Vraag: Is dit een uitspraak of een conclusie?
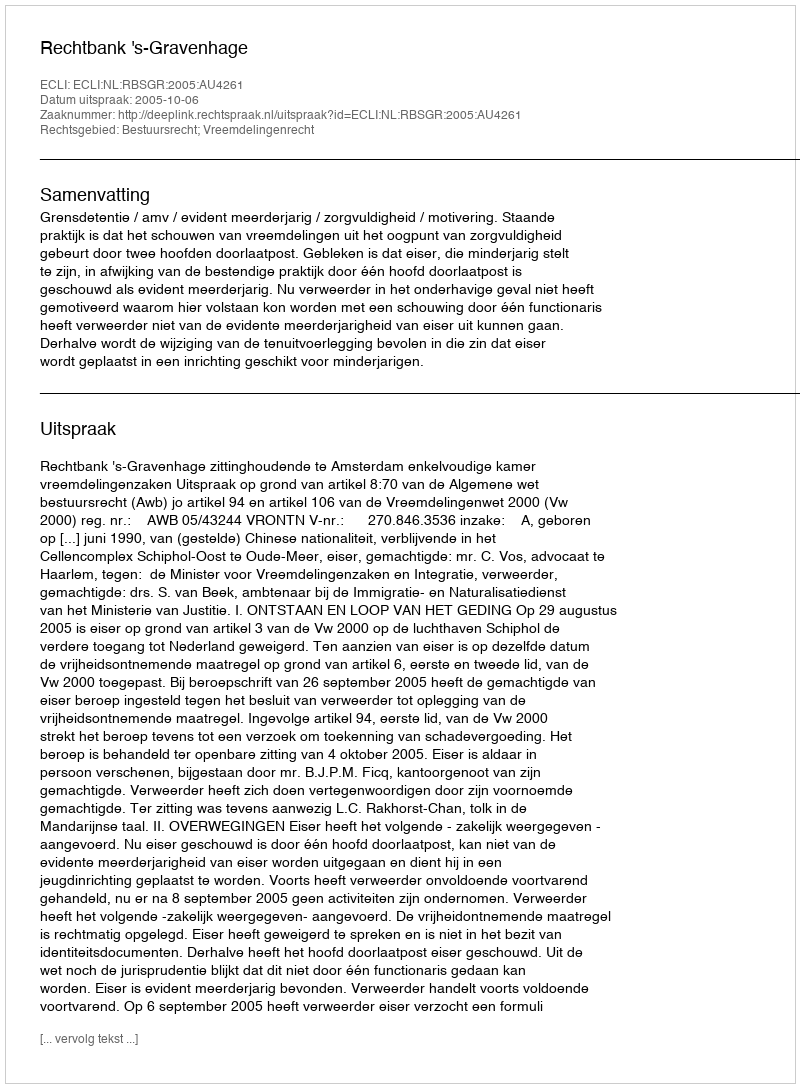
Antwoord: Uitspraak